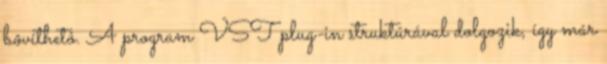
bôvíthetô. A program VST plug-in struktúrával dolgozik, így már